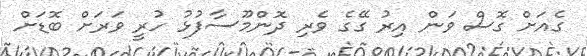
ގެއަށް ގޮސް ވަން އިރު ގޭގެ ވެރި ދޮންމޫސާފުޅު ހުރީ ވަރަށް ބޮޑަށް